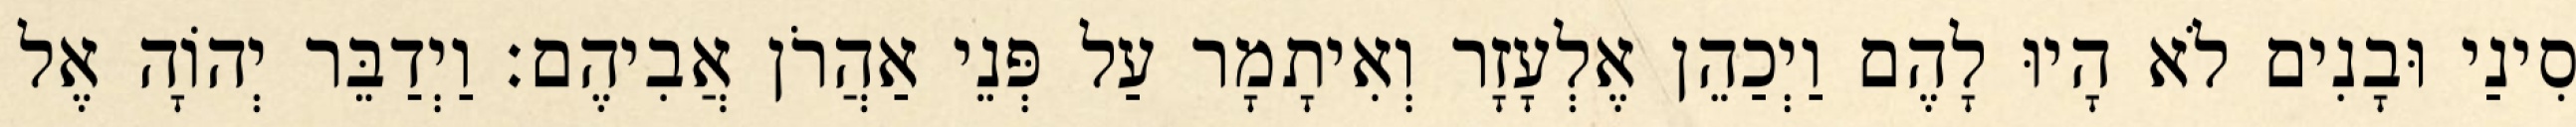
סִינַי וּבָנִים לֹא הָיוּ לָהֶם וַיְכַהֵן אֶלְעָזָר וְאִיתָמָר עַל פְּנֵי אַהֲרֹן אֲבִיהֶם׃ וַיְדַבֵּר יְהוָֹה אֶל